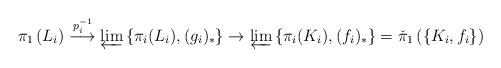
LaTeX: \begin{align*}\pi_{1}\left( L_{i}\right) \overset{p_{i}^{-1}}{\longrightarrow}\underleftarrow{\lim}\left\{ \pi_{i}(L_{i}),(g_{i})_{\ast}\right\}\rightarrow\underleftarrow{\lim}\left\{ \pi_{i}(K_{i}),(f_{i})_{\ast}\right\} =\check{\pi}_{1}\left( \left\{ K_{i},f_{i}\right\} \right)\end{align*}